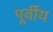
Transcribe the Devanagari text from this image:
पूर्वींय